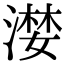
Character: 漤